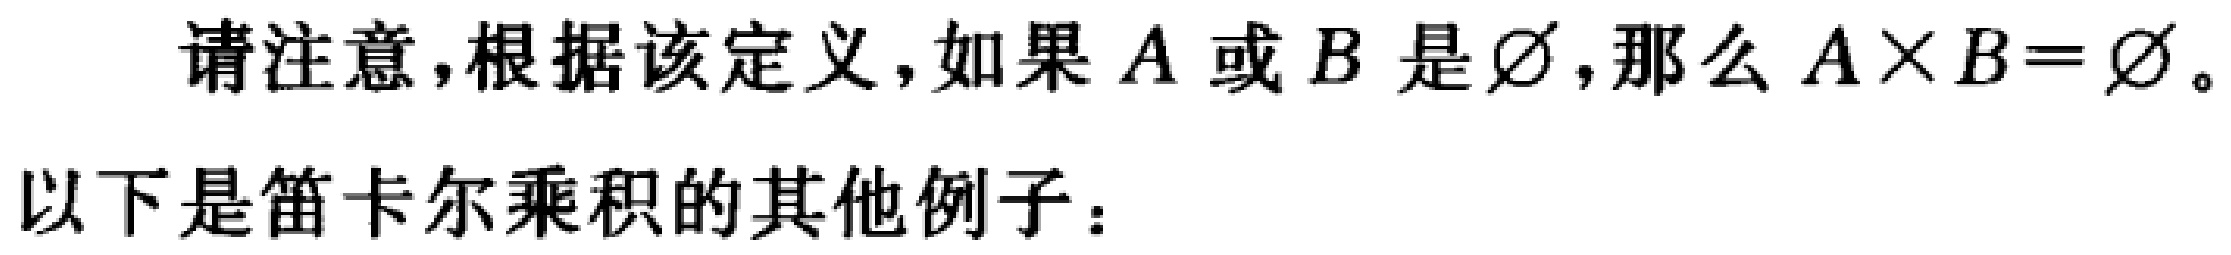
请注意，根据该定义，如果 \(A\) 或 \(B\) 是 \(\varnothing\)，那么 \(A\times B = \varnothing\)。
以下是笛卡尔乘积的其他例子：